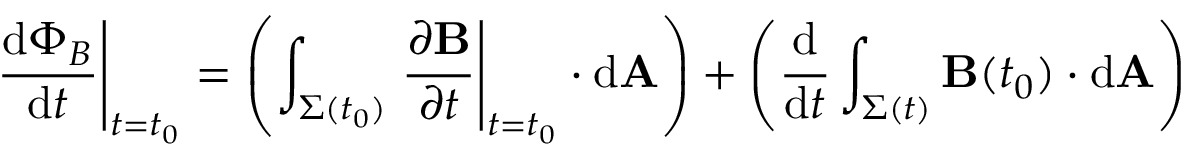
\left. { \frac { \mathrm { d } \Phi _ { B } } { \mathrm { d } t } } \right| _ { t = t _ { 0 } } = \left( \int _ { \Sigma ( t _ { 0 } ) } \left. { \frac { \partial \mathbf { B } } { \partial t } } \right| _ { t = t _ { 0 } } \cdot \mathrm { d } \mathbf { A } \right) + \left( { \frac { \mathrm { d } } { \mathrm { d } t } } \int _ { \Sigma ( t ) } \mathbf { B } ( t _ { 0 } ) \cdot \mathrm { d } \mathbf { A } \right)